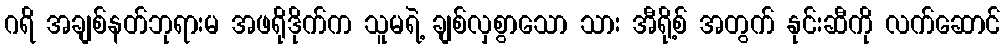
ဂရိ အချစ်နတ်ဘုရားမ အဖရိုဒိုက်က သူမရဲ့ ချစ်လှစွာသော သား အီရို့စ် အတွက် နုင်းဆီကို လက်ဆောင်